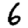
Digit: 6